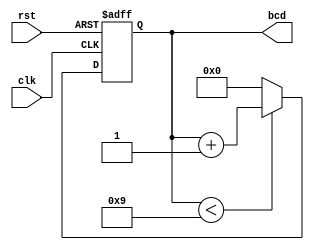
module bcd_counter (
    input wire clk,      // Clock input
    input wire rst,      // Asynchronous reset input
    output reg [3:0] bcd // 4-bit BCD output
);

    // Always block triggered on the rising edge of the clock or the asynchronous reset
    always @(posedge clk or posedge rst) begin
        if (rst) begin
            bcd <= 4'b0000; // Reset the count to 0
        end else begin
            if (bcd < 4'b1001) begin
                bcd <= bcd + 1; // Increment the count if less than 9
            end else begin
                bcd <= 4'b0000; // Reset the count to 0 if it is 9
            end
        end
    end

endmodule